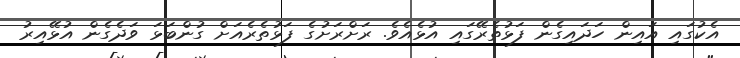
އެކުގައި އައިން ހަދައިގެން ފަޅުތެރޭގައި އުޅެއެވެ. ރަށްރަށުގެ ފަޅުތެރެއަށް ގުންބަޅަ ވަދެގެން އުޅޭއިރު